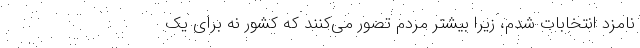
نامزد انتخابات شدم، زیرا بیشتر مردم تصور می‌کنند که کشور نه برای یک